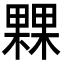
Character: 𣛕